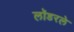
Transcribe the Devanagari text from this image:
लॉडरले